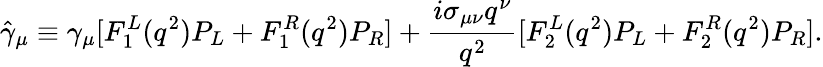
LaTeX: \hat{\gamma}_{\mu}\equiv\gamma_{\mu}[F_{1}^{L}(q^{2})P_{L}+F_{1}^{R}(q^{2})P_{R}]+\frac{i\sigma_{\mu\nu}q^{\nu}}{q^{2}}[F_{2}^{L}(q^{2})P_{L}+F_{2}^{R}(q^{2})P_{R}].